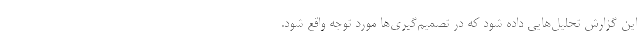
این گزارش تحلیل‌هایی داده شود که در تصمیم‌گیری‌ها مورد توجه واقع شود.